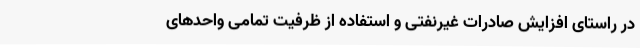
در راستای افزایش صادرات غیرنفتی و استفاده از ظرفیت تمامی واحدهای